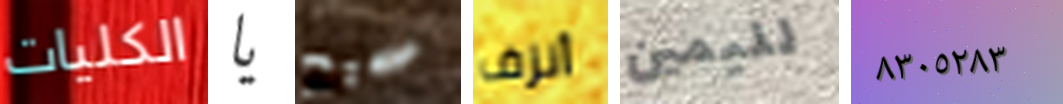
الكليات يا صحيح أنزف لليمين ٨٣٠٥٢٨٣